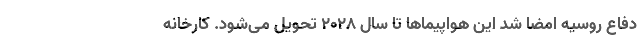
دفاع روسیه امضا شد این هواپیماها تا سال ۲۰۲۸ تحویل می‌شود. کارخانه